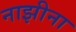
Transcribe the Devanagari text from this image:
नाझीना